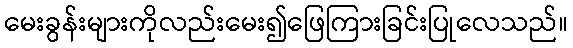
မေးခွန်းများကိုလည်းမေး၍ဖြေကြားခြင်းပြုလေသည်။